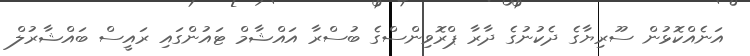
އަނެއްކޮޅުން ސޫރިޔާގެ ދެކުނުގެ ދާރާ ޕްރޮވިންސްގެ ބުސްރާ އައްޝާމް ޓައުންގައި ރައީސް ބައްޝާރުލް